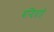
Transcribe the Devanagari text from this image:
बन्दिग्राहे